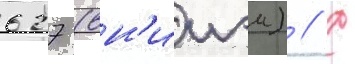
627 (вн'ииэм) // С